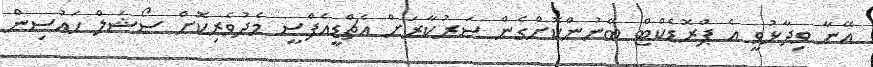
އޭނާ ވިދާޅުވީ އެ ޕްރޮޑެކްޓް ބޭނުންކޮށްގެން ސަރުކާރަށް އެޗްޑީއެފްސީ މެދުވެރިކޮށް ސޯޝަލް ހައުސިން